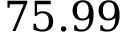
7 5 . 9 9